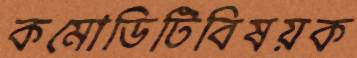
কমোডিটিবিষয়ক